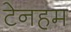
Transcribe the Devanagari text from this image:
टेनहम